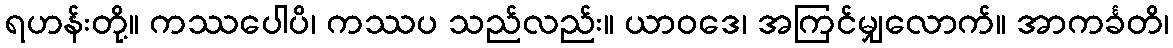
ရဟန်းတို့။ ကဿပေါပိ၊ ကဿပ သည်လည်း။ ယာဝဒေ၊ အကြင်မျှလောက်။ အာကင်္ခတိ၊